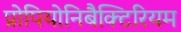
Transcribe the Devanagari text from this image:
प्रोपियोनिबैक्टिरियम